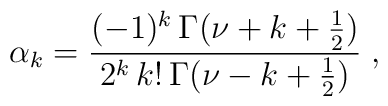
\alpha_k=\frac{(-1)^k\,\Gamma(\nu+k+\frac{1}{2})}{2^k\,k!\,\Gamma(\nu-k+\frac{1}{2})}\;,